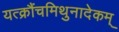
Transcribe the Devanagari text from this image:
यत्क्रौंचमिथुनादेकम्